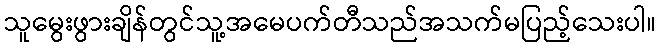
သူမွေးဖွားချိန်တွင်သူ့အမေပက်တီသည်အသက်မပြည့်သေးပါ။